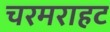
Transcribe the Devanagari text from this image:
चरमराहट